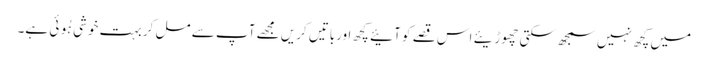
میں کچھ نہیں سمجھ سکتی چھوڑیئے اس قصے کو آئیے کچھ اورباتیں کریں مجھے آپ سے مل کر بہت خوشی ہُوئی ہے۔